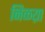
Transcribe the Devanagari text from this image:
निळय़ा